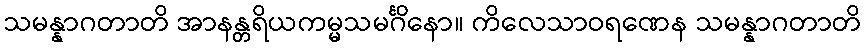
သမန္နာဂတာတိ အာနန္တရိယကမ္မသမင်္ဂိနော။ ကိလေသာဝရဏေန သမန္နာဂတာတိ